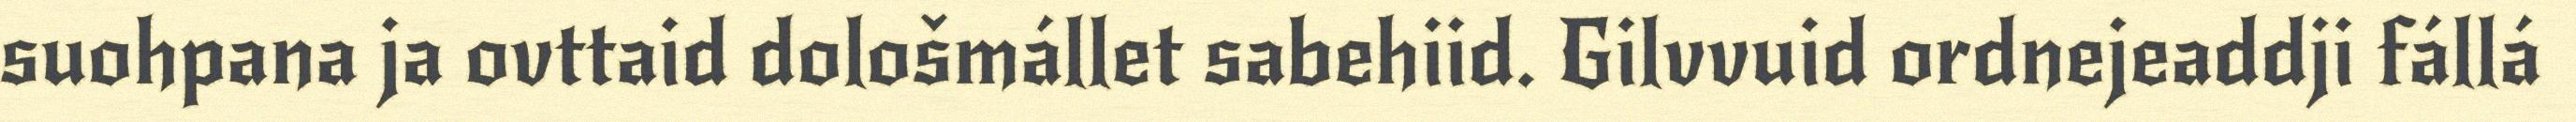
suohpana ja ovttaid dološmállet sabehiid. Gilvvuid ordnejeaddji fállá